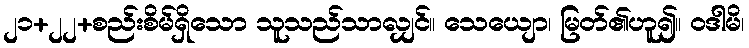
၂၁+၂၂+စည်းစိမ်ရှိသော သူသည်သာလျှင်။ သေယျော၊ မြတ်၏ဟူ၍။ ဝဒါမိ၊